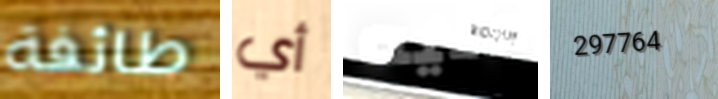
طائفة أي عليه 297764